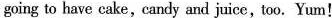
going to have cake,candy and juice,too. Yum!